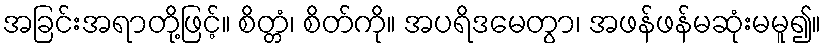
အခြင်းအရာတို့ဖြင့်။ စိတ္တံ၊ စိတ်ကို။ အပရိဒမေတွာ၊ အဖန်ဖန်မဆုံးမမူ၍။